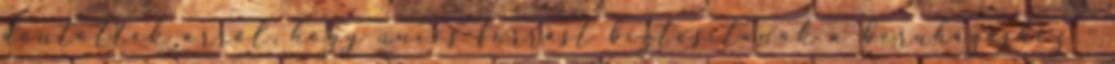
döntöttek arról, hogy uniós forrást biztosítanak a beruházáshoz -